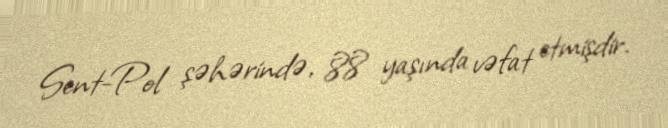
Sent-Pol şəhərində, 88 yaşında vəfat etmişdir.